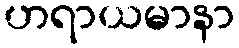
ဟရာယမာနာ